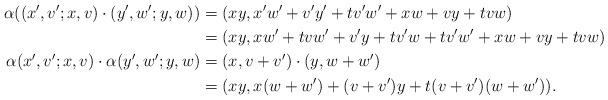
LaTeX: \begin{align*}\alpha ((x',v';x,v) \cdot (y',w';y,w)) & =(xy, x'w' + v'y' + t v'w' + xw+vy+tvw) \cr& =(xy, xw' + tvw' + v'y + tv' w + t v'w' + xw+vy+tvw) \cr\alpha (x',v';x,v) \cdot \alpha (y',w';y,w) & =(x,v+v') \cdot (y,w + w') \cr& = (xy, x (w+w') + (v+v') y + t (v+v') (w+w')) .\end{align*}